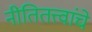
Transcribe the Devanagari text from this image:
नीतितत्त्वांचे